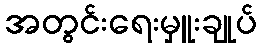
အတွင်းရေးမှူးချုပ်